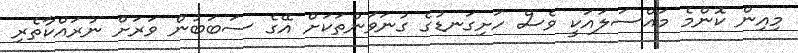
މިއިން ކޮންމެ މައްސަލައަކީ ވެސް ހަށިގަނޑުގެ ގުނަވަންތަކަށް އޭގެ ސަބަބުން ވަރަށް ނުރައްކާތެރި